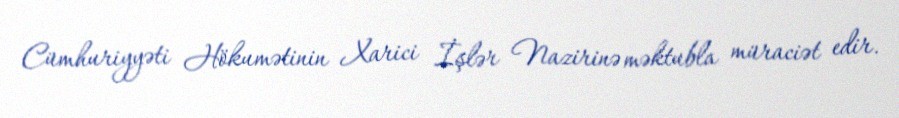
Cümhuriyyəti Hökumətinin Xarici İşlər Nazirinə məktubla müraciət edir.